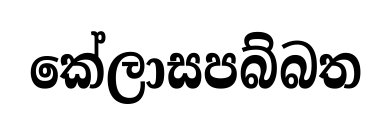
කේලාසපබ්බත